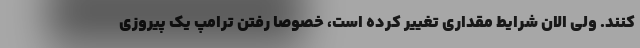
کنند. ولی الان شرایط مقداری تغییر کرده است، خصوصا رفتن ترامپ یک پیروزی